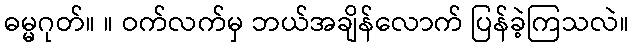
ဓမ္မဂုတ်။ ။ ဝက်လက်မှ ဘယ်အချိန်လောက် ပြန်ခဲ့ကြသလဲ။